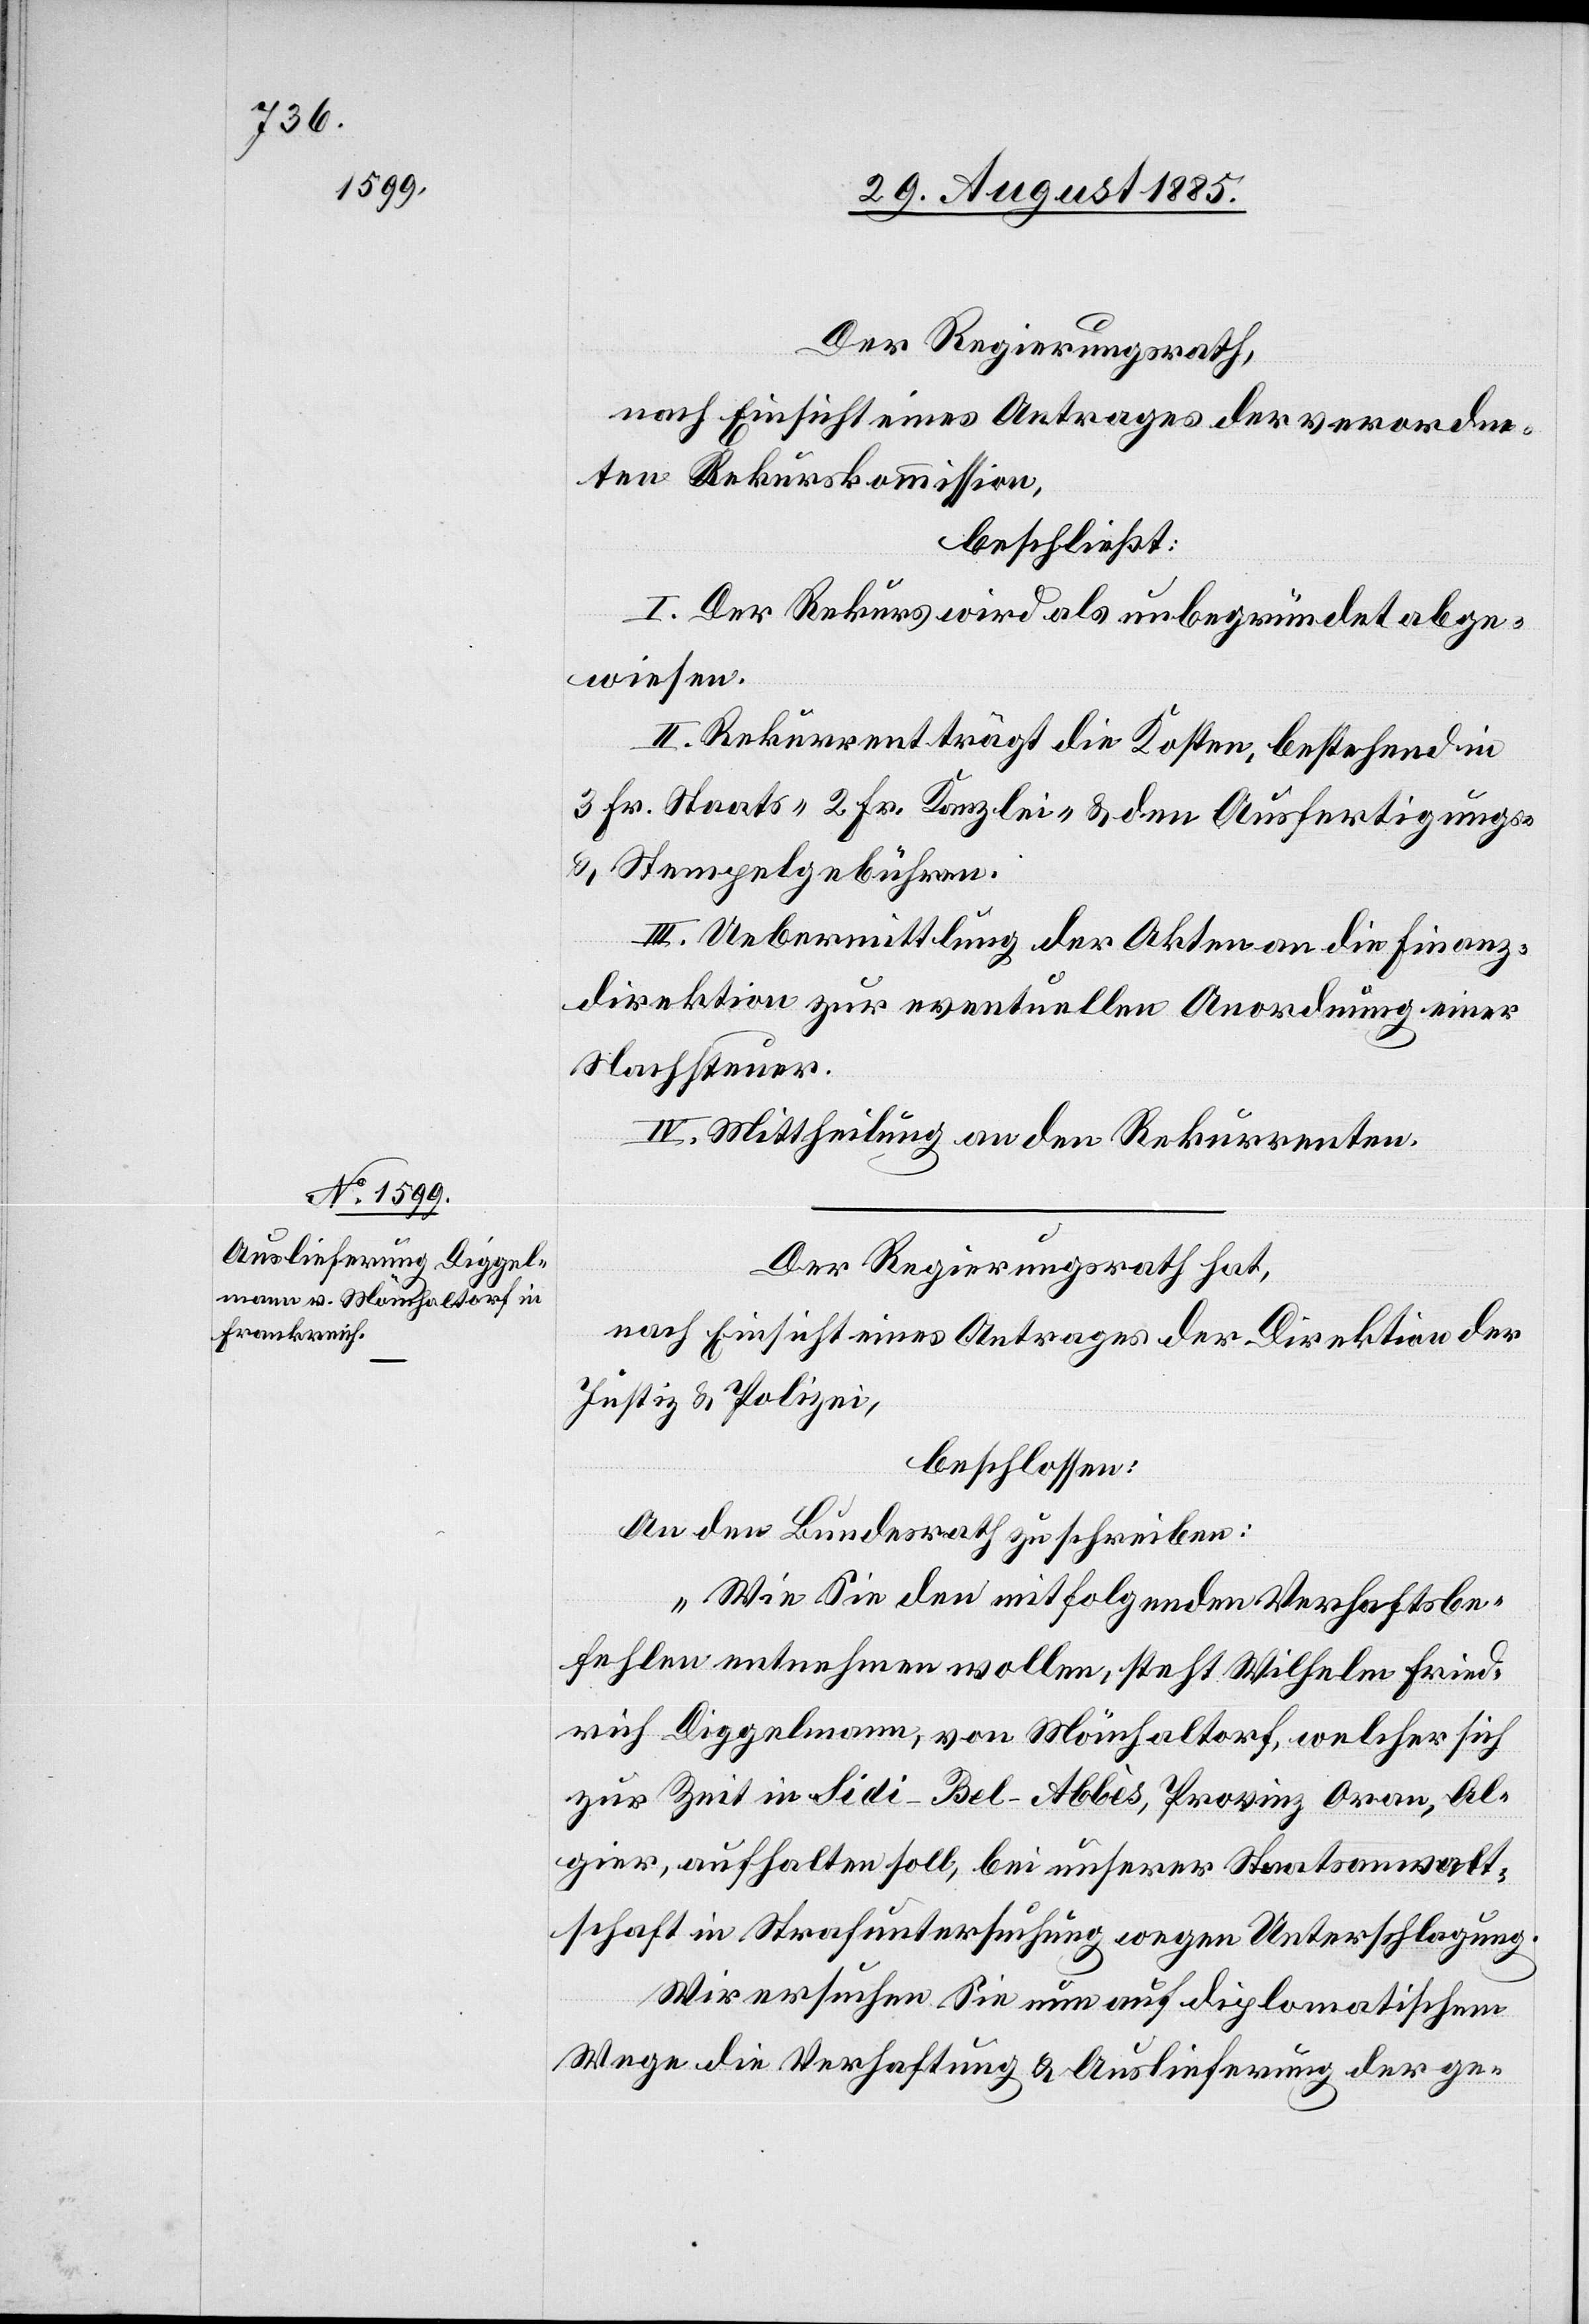
Der Regierungsrath,
nach Einsicht eines Antrages der verordne¬
ten Rekurskommission,
beschließt:
I. Der Rekurs wird als unbegründet abge¬
wiesen.
II. Rekurrent trägt die Kosten, bestehend in
3 Fr. Staats-[,] 2 Fr. Kanzlei- & den Ausfertigungs-
& Stempelgebühren.
III. Uebermittlung der Akten an die Finanz¬
direktion zur eventuellen Anordnung einer
Nachsteuer.
IV. Mittheilung an den Rekurrenten.
Der Regierungsrath hat,
nach Einsicht eines Antrages der Direktion der
Justiz & Polizei,
beschlossen:
An den Bundesrath zu schreiben:
„Wie Sie den mitfolgenden Verhaftsbe¬
fehlen entnehmen wollen, steht Wilhelm Fried¬
rich Diggelmann, von Mönchaltorf, welcher sich
zur Zeit in Sidi-Bel-Abbès, Provinz Oran, Al¬
gier, aufhalten soll, bei unserer Staatsanwalt¬
schaft in Strafuntersuchung wegen Unterschlagung.
Wir ersuchen Sie nun auf diplomatischem
Wege die Verhaftung & Auslieferung der ge-